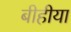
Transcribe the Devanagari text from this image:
बीहीया